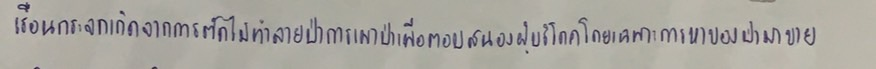
เรือนกระจกเกิดจากการตัดไม้ทำลายป่าการเผาป่าเพื่อตอบสนองผู้บริโภคโดยเฉพาะการหาของป่ามาขาย